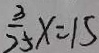
\frac { 3 } { 2 5 } x = 1 5